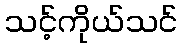
သင့်ကိုယ်သင်